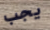
يجب